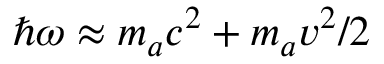
\hbar \omega \approx m _ { a } c ^ { 2 } + m _ { a } v ^ { 2 } / 2